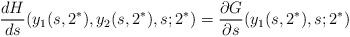
LaTeX: \begin{align*} \frac{d H}{d s} (y_1(s,2^*),y_2(s,2^*),s;2^*)= \frac{\partial G}{\partial s} (y_1(s,2^*),s;2^*)\end{align*}